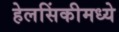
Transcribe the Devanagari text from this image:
हेलसिंकीमध्ये